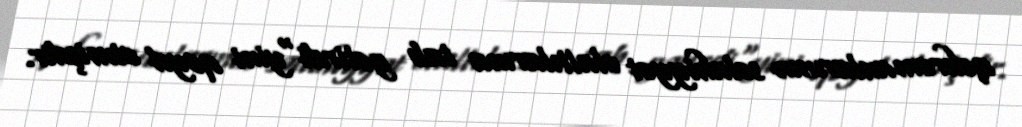
qəhrəmanlarının səlahiyyət əlaltılarına tab gətirdi"yini qeyd etmişdir.